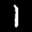
Label: 1